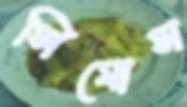
সিমোস